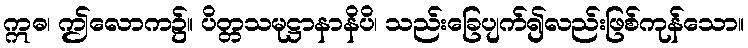
ဣဓ၊ ဤလောက၌။ ပိတ္တသမုဋ္ဌာနာနိပိ၊ သည်းခြေပျက်၍လည်းဖြစ်ကုန်သော။